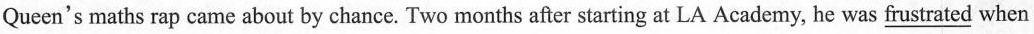
Queen's maths rap came about by chance. Two months after starting at LA Academy, he was _frustrated when